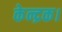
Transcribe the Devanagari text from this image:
केन्द्रक।